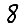
Digit: 8